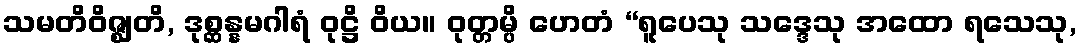
သမတိဝိဇ္ဈတိ, ဒုစ္ဆန္နမဂါရံ ဝုဋ္ဌိ ဝိယ။ ဝုတ္တမ္ပိ ဟေတံ “ရူပေသု သဒ္ဒေသု အထော ရသေသု,